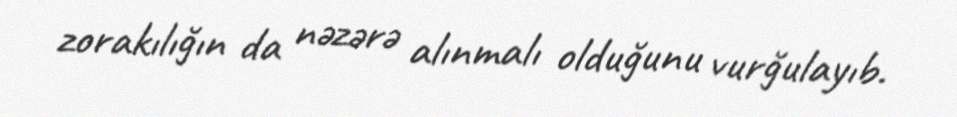
zorakılığın da nəzərə alınmalı olduğunu vurğulayıb.